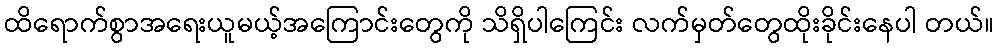
ထိရောက်စွာအရေးယူမယ့်အကြောင်းတွေကို သိရှိပါကြေင်း လက်မှတ်တွေထိုးခိုင်းနေပါ တယ်။